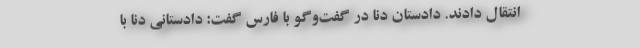
انتقال دادند. دادستان دنا در گفت‌وگو با فارس گفت: دادستانی دنا با